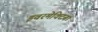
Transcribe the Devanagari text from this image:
इवरमेक्टिन।